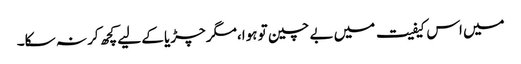
میں اس کیفیت میں بے چین تو ہوا،مگر چڑیا کے لیے کچھ کر نہ سکا۔